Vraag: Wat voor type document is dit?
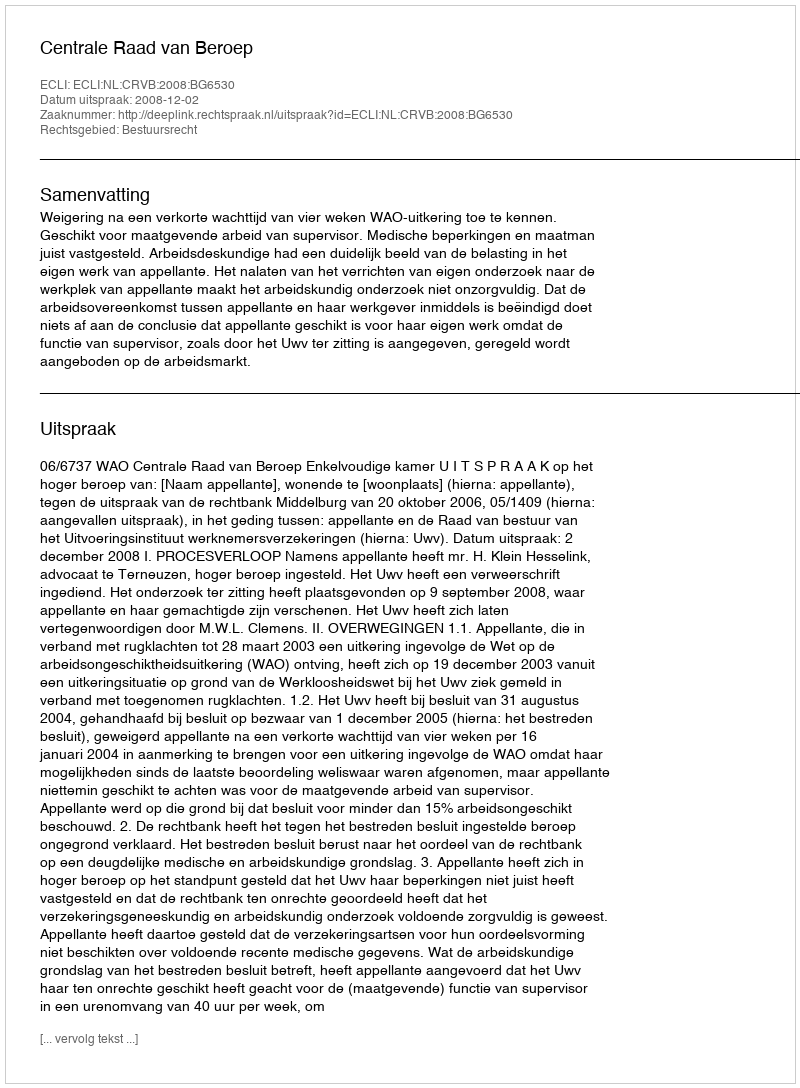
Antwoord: Uitspraak